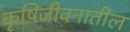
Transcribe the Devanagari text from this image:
कृषिजीवनातील